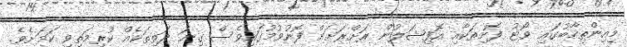
މިއިންތިހާބުގައި ވޯޓު ފޮށިތަކާއި އޮފިޝަލުން ރަށްރަށަށް ފޮނުވުމުގައިވެސް ގިނަ ދަތިތަކެއް ކުރިމަތިވި ކަމަށެވެ.